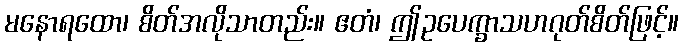
မနောရထော၊ စိတ်အလိုသာတည်း။ ဧတံ၊ ဤဥပေက္ခာသဟဂုတ်စိတ်ဖြင့်။